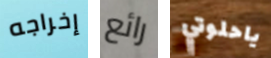
إخراجه رائع ياحلوتي